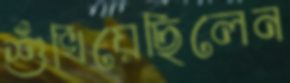
শুঁখিয়েছিলেন